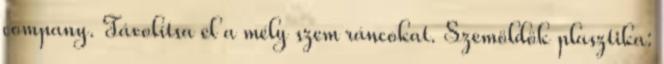
company. Távolítsa el a mély szem ráncokat. Szemöldök plasztika: